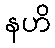
နဟိ